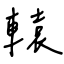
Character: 轅